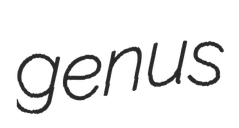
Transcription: genus